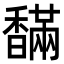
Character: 𩡙